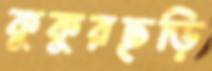
কুকুরছড়ি